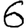
Digit: 6